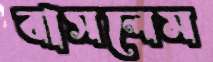
বাসলেম